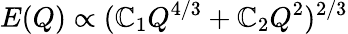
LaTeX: E(Q)\propto(\mathbb{C}_{1}Q^{4/3}+\mathbb{C}_{2}Q^{2})^{2/3}